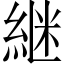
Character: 継